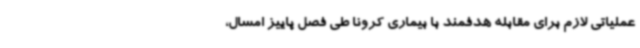
عملیاتی لازم برای مقابله هدفمند با بیماری کرونا طی فصل پاییز امسال،